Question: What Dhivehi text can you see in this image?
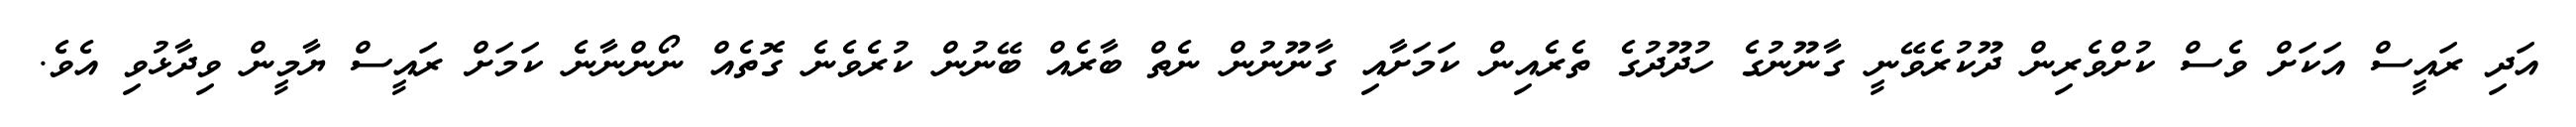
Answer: އަދި ރައީސް އަކަށް ވެސް ކުށްވެރިން ދޫކުރެވޭނީ ގާނޫނުގެ ހުދޫދުގެ ތެރެއިން ކަމަށާއި ގާނޫނުން ނެތް ބާރެއް ބޭނުން ކުރެވެނެ ގޮތެއް ނޯންނާނެ ކަމަށް ރައީސް ޔާމީން ވިދާޅުވި އެވެ.